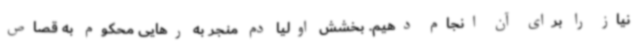
نیاز را برای آن انجام دهیم. بخشش اولیا دم منجر به رهایی محکوم به قصاص